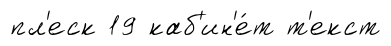
пл'еск 19 каб'ин'е́т т'екст